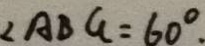
\angle A B G = 6 0 ^ { \circ } .